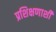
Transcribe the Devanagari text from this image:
प्रशिक्षणाशी